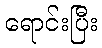
ရောင်းပြီး